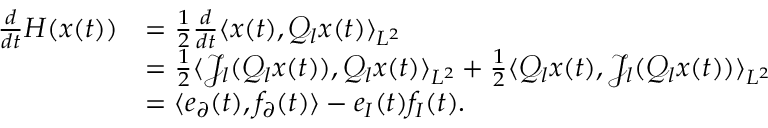
\begin{array} { r l } { \frac { d } { d t } H ( x ( t ) ) } & { = \frac { 1 } { 2 } \frac { d } { d t } \langle x ( t ) , \mathcal { Q } _ { l } x ( t ) \rangle _ { L ^ { 2 } } } \\ & { = \frac { 1 } { 2 } \langle \mathcal { J } _ { l } ( \mathcal { Q } _ { l } x ( t ) ) , \mathcal { Q } _ { l } x ( t ) \rangle _ { L ^ { 2 } } + \frac { 1 } { 2 } \langle \mathcal { Q } _ { l } x ( t ) , \mathcal { J } _ { l } ( \mathcal { Q } _ { l } x ( t ) ) \rangle _ { L ^ { 2 } } } \\ & { = \langle e _ { \partial } ( t ) , f _ { \partial } ( t ) \rangle - e _ { I } ( t ) f _ { I } ( t ) . } \end{array}